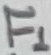
Text: F1